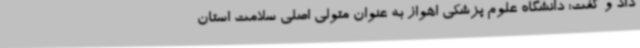
داد و گفت: دانشگاه علوم پزشکی اهواز به عنوان متولی اصلی سلامت استان